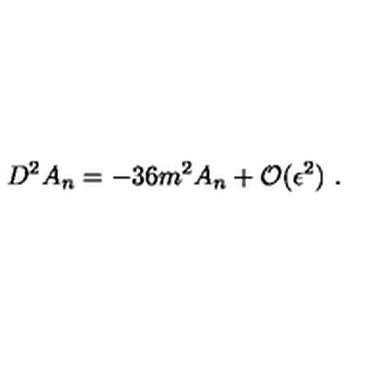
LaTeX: D ^ { 2 } A _ { n } = - 3 6 m ^ { 2 } A _ { n } + { \cal O } ( \epsilon ^ { 2 } ) \ .